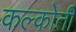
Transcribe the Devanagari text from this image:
कल्कोती